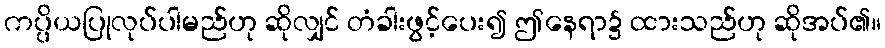
ကပ္ပိယပြုလုပ်ပါမည်ဟု ဆိုလျှင် တံခါးဖွင့်ပေး၍ ဤနေရာ၌ ထားသည်ဟု ဆိုအပ်၏။